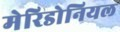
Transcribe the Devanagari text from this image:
मेरिडोनियल